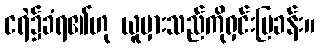
ငရဲ၌ခံရ၏ဟု ယူမှားသည်ကိုရှင်းပြခန်း။